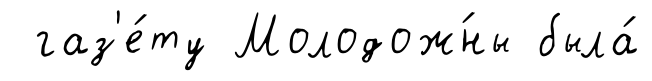
газ'е́ту Молодож́ны была́